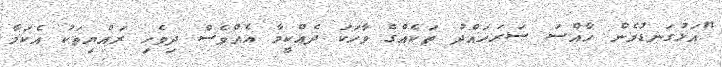
"އަޅުގަނޑުމެން ހާއްސަ ސަރަަހައްދު ތަކެއްގެ ވާހަކަ ދެއްކީމާ އެއްވެސް ދިވެހި ރައްޔިތަކު އެކަމާ